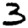
Digit: 3